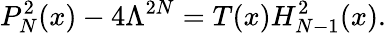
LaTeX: P_{N}^{2}(x)-4\Lambda^{2N}=T(x)H_{N-1}^{2}(x).